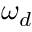
\omega _ { d }